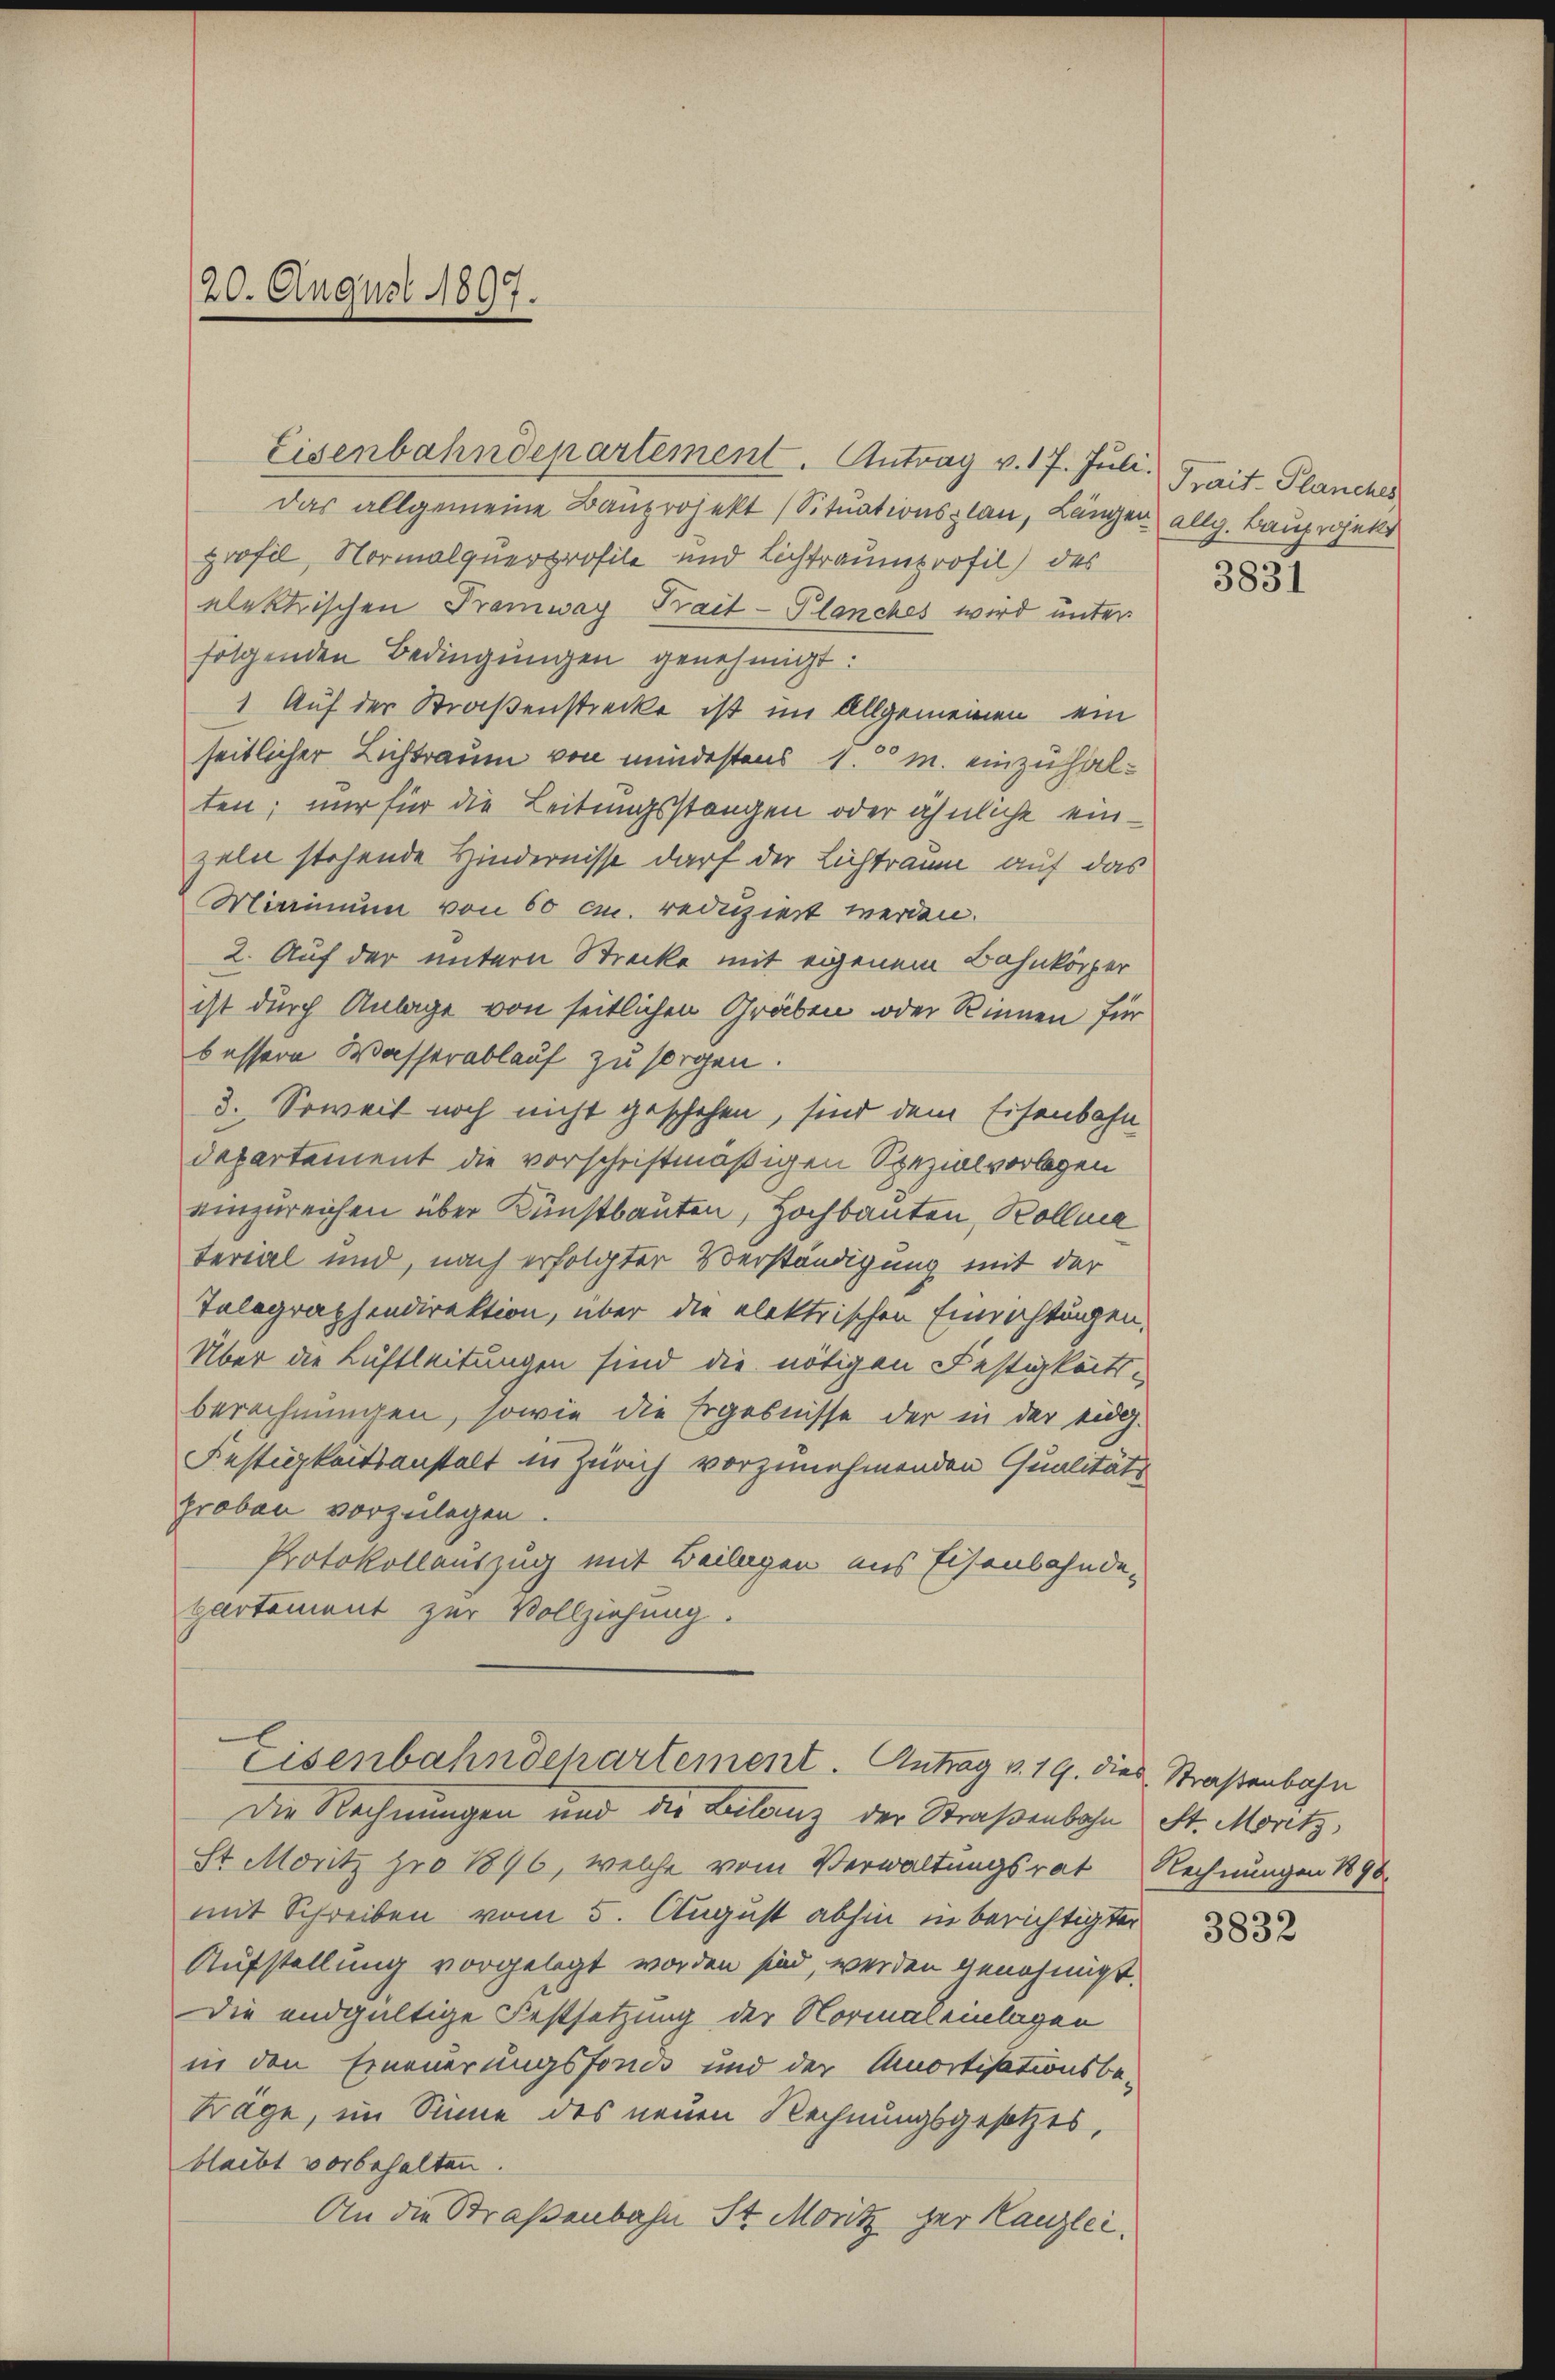
20. August 1897.

Eisenbahndepartement. Antrag v. 17. Juli. Trait. Planches
das allgemeine Bauprojekt (Situationsplan, Längen allg. Bauprojekt
profil, Normalquerprofile und Lichtraumprofil) des
elektrischen Tramway Prait-Planches wird unter
folgenden Bedingungen genehmigt:
1 Auf der Straßenstrecke ist im Allgemeinen ein
seitlicher Lichtraum von mindestens 1. M. einzuhalten; nur für die Leitungsstangen oder ähnliche einzeln stehende Hindernisse darf der Lichtraum auf das
Minimum von 60 cm. reduziert werden.
2. Auf der untern Strecke mit eigenem Bahnkörper
ist durch Anlage von seitlichen Gräben oder Rinnen für
bessere Wasserablauf zu sorgen.
3. Soweit noch nicht geschehen, sind dem Eisenbahn
departement die vorschriftmäßigen Spezialvorlegen
einzureichen über Kunstbauten, Hochbauten, Kollma
terial und, nach erfolgter Verständigung mit der
Telegraphendirektion, über die elektrischen Einrichtungen,
Über die Luftleitungen sind die nötigen Festigkeits-
berechnungen, sowie die Ergebnisse der in der eidg.
Festigkeitsanstalt in Zürich vorzunehmenden Qualitäts
proben vorzulegen.
Protokollauszug mit Beilagen aus Eisenbahnde-
partement zur Vollziehung.
Eisenbahndchartement. Antrag v. 19. dies Straßenbahn
Die Rechnungen und die Lilanz der Straßenbahn St. Moritz,
St. Moritz pro 1876, welche vom Verwaltungsrat Rechnungen 1890.
mit Schreiben vom 5. August abhin in berichtigter
Aufstellung vorgelegt worden sind, werden genehmigt.
Die endgültige Festsetzung der Normaleinlagen
in den Erneuerungsfonds und der Amortisationsbe-
träge, im Sinne des neuen Rechnungsgesetzes,
bleibt vorbehalten.
An die Straßenbahn St. Moritz her Kanzlei,

3831

3832